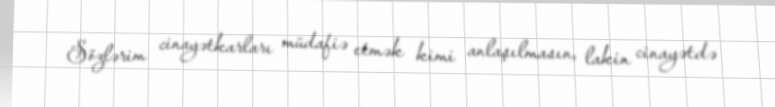
Sözlərim cinayətkarları müdafiə etmək kimi anlaşılmasın, lakin cinayətdə